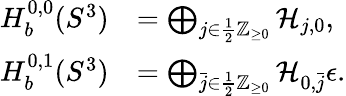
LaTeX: \begin{array}{rl}{H_{b}^{0,0}(S^{3})}&{=\bigoplus_{j\in\frac{1}{2}\mathbb{Z}_{\geq 0}}\mathcal{H}_{j,0},}\\ {H_{b}^{0,1}(S^{3})}&{=\bigoplus_{\bar{j}\in\frac{1}{2}\mathbb{Z}_{\geq 0}}\mathcal{H}_{0,\bar{j}}\epsilon.}\end{array}